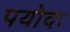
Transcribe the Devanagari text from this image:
पयोदः